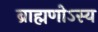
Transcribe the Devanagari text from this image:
ब्राह्मणोऽस्य